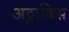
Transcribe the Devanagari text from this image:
अठ्ठाविस